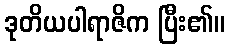
ဒုတိယပါရာဇိက ပြီး၏။